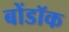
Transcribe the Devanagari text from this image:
बोंडॉक